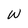
Character: W